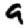
Digit: 9